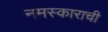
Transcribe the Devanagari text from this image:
नमस्काराची